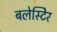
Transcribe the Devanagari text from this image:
बलेस्टिेर